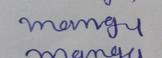
Signature authenticity: forged